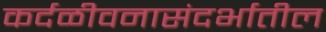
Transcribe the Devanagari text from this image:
कर्दळीवनासंदर्भातील